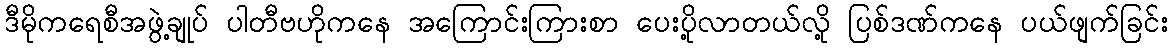
ဒီမိုကရေစီအဖွဲ့ချုပ် ပါတီဗဟိုကနေ အကြောင်းကြားစာ ပေးပို့လာတယ်လို့ ပြစ်ဒဏ်ကနေ ပယ်ဖျက်ခြင်း